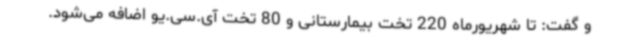
و گفت: تا شهریورماه 220 تخت بیمارستانی و 80 تخت آی.سی.یو اضافه می‌شود.